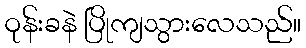
ဝုန်းခနဲ ပြိုကျသွားလေသည်။